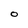
Character: 0